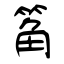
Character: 䇶